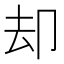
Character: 却